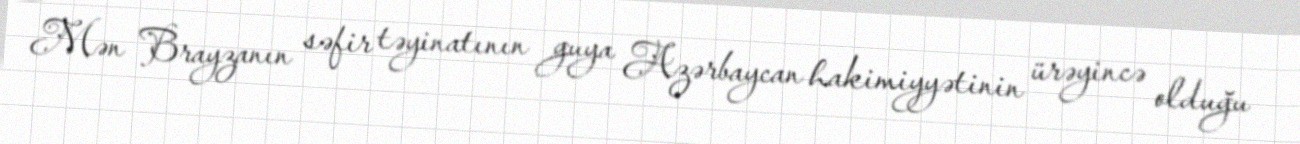
Mən Brayzanın səfir təyinatının guya Azərbaycan hakimiyyətinin ürəyincə olduğu